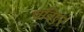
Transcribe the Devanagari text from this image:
चत्रिएर